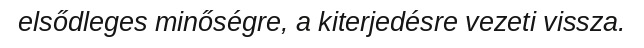
elsődleges minőségre, a kiterjedésre vezeti vissza.